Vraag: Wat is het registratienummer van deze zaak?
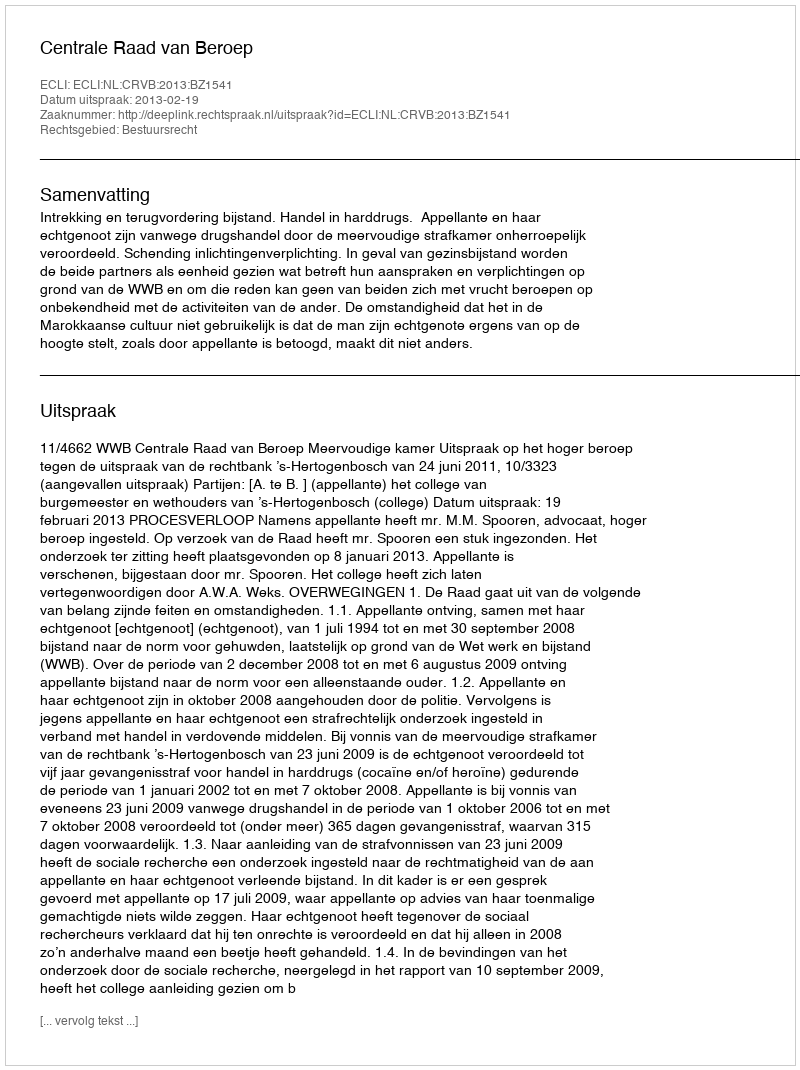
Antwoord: http://deeplink.rechtspraak.nl/uitspraak?id=ECLI:NL:CRVB:2013:BZ1541